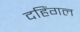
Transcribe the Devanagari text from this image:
दहिंगल